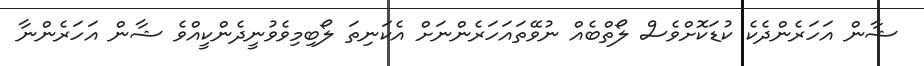
ޝާން އަހަރެންދެކެ ކުޑަކޮށްވެސް ލޯތްބެއް ނުވޭތައަހަރެންނަށް އެކަނިތަ ލޯބިމިވެވުނީދެންކީއްވެ ޝާން އަހަރެންނާ